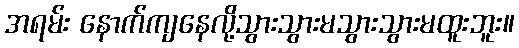
အရမ်း နောက်ကျနေလို့သွားသွားမသွားသွားမထူးဘူး။